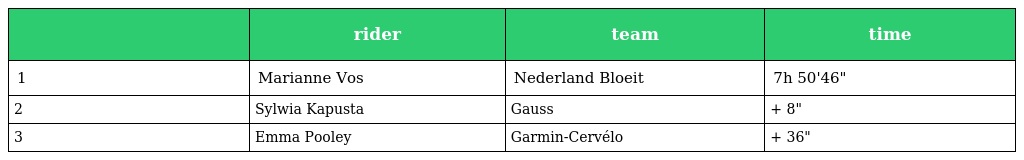
|  | rider | team | time |
 | --- | --- | --- | --- |
 | 1 | Marianne Vos | Nederland Bloeit | 7h 50'46" |
 | 2 | Sylwia Kapusta | Gauss | + 8" |
 | 3 | Emma Pooley | Garmin-Cervélo | + 36" |